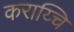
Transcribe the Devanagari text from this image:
कराय्चि